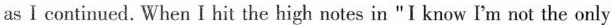
as I continued.When I hit the high notes in "I know I'm not the only